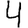
Digit: 4